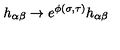
h _ { \alpha \beta } \to e ^ { \phi ( \sigma , \tau ) } h _ { \alpha \beta }